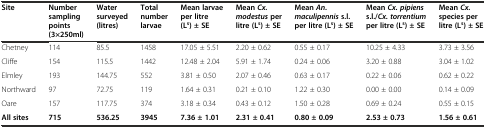
<table><thead><tr><td><b>Site</b></td><td><b>Number sampling points (3×250ml)</b></td><td><b>Water surveyed (litres)</b></td><td><b>Total number larvae</b></td><td><b>Mean larvae per litre (L<sup>s</sup>) ± SE</b></td><td><b>Mean<i>Cx. modestus</i>per litre (L<sup>s</sup>) ± SE</b></td><td><b>Mean<i>An. maculipennis</i>s.l. per litre (L<sup>s</sup>) ± SE</b></td><td><b>Mean<i>Cx. pipiens</i>s.l./<i>Cx. torrentium</i>per litre (L<sup>s</sup>) ± SE</b></td><td><b>Mean<i>Cx.</i>species per litre (L<sup>s</sup>) ± SE</b></td></tr></thead><tbody><tr><td>Chetney</td><td>114</td><td>85.5</td><td>1458</td><td>17.05 ± 5.51</td><td>2.20 ± 0.62</td><td>0.55 ± 0.17</td><td>10.25 ± 4.33</td><td>3.73 ± 3.56</td></tr><tr><td>Cliffe</td><td>154</td><td>115.5</td><td>1442</td><td>12.48 ± 2.04</td><td>5.91 ± 1.74</td><td>0.24 ± 0.06</td><td>3.20 ± 0.88</td><td>3.04 ± 1.02</td></tr><tr><td>Elmley</td><td>193</td><td>144.75</td><td>552</td><td>3.81 ± 0.50</td><td>2.07 ± 0.46</td><td>0.63 ± 0.17</td><td>0.22 ± 0.06</td><td>0.62 ± 0.22</td></tr><tr><td>Northward</td><td>97</td><td>72.75</td><td>119</td><td>1.64 ± 0.31</td><td>0.21 ± 0.10</td><td>1.22 ± 0.30</td><td>0.00 ± 0.00</td><td>0.14 ± 0.09</td></tr><tr><td>Oare</td><td>157</td><td>117.75</td><td>374</td><td>3.18 ± 0.34</td><td>0.43 ± 0.12</td><td>1.50 ± 0.28</td><td>0.69 ± 0.24</td><td>0.55 ± 0.15</td></tr><tr><td><b>All sites</b></td><td><b>715</b></td><td><b>536.25</b></td><td><b>3945</b></td><td><b>7.36 ± 1.01</b></td><td><b>2.31 ± 0.41</b></td><td><b>0.80 ± 0.09</b></td><td><b>2.53 ± 0.73</b></td><td><b>1.56 ± 0.61</b></td></tr></tbody></table>